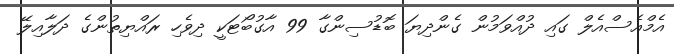
އެމްއެސްއެލް ގައި ދުއްވަމުން ގެންދިޔަ ބޮޑުސިންގާ 99 އާގުބޯޓަކީ ދިވެހި ރައްޔިތުންގެ ދަލާއިލޭ